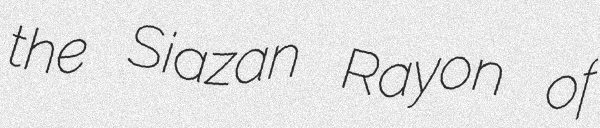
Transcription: the Siazan Rayon of